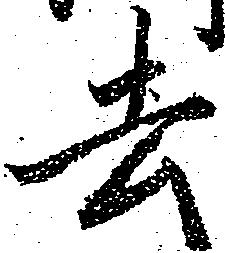
去